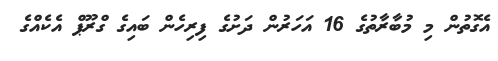
އެގޮތުން މި މުބާރާތުގެ 16 އަހަރުން ދަށުގެ ފިރިހެން ބައިގެ ގްރޫޕް އެކެއްގެ